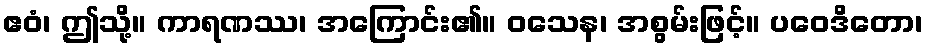
ဧဝံ၊ ဤသို့။ ကာရဏဿ၊ အကြောင်း၏။ ဝသေန၊ အစွမ်းဖြင့်။ ပဝေဒိတော၊